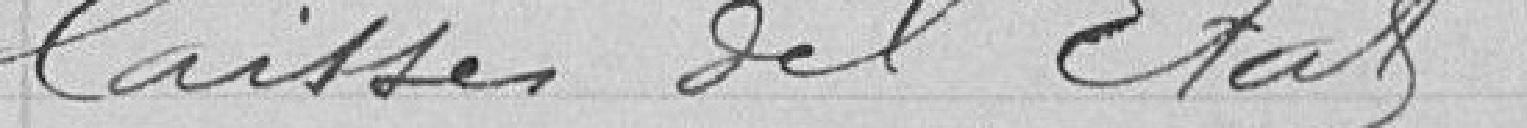
laisses de l'Etat.